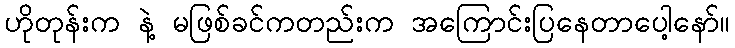
ဟိုတုန်းက နဲ့ မဖြစ်ခင်ကတည်းက အကြောင်းပြနေတာပေါ့နော်။